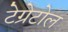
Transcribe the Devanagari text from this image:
टेग्रेटोल